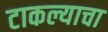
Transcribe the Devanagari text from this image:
टाकल्याचा